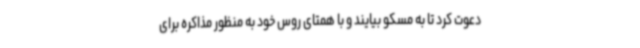
دعوت کرد تا به مسکو بیایند و با همتای روس خود به منظور مذاکره برای